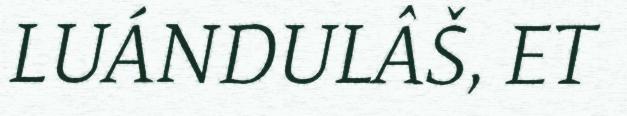
LUÁNDULÂŠ, ET